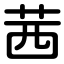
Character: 茜